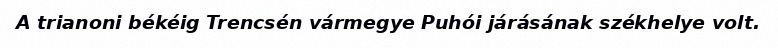
A trianoni békéig Trencsén vármegye Puhói járásának székhelye volt.